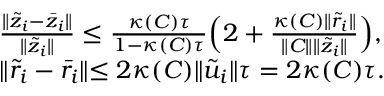
\begin{array} { r l } & { \frac { \lVert \tilde { z } _ { i } - \bar { z } _ { i } \lVert } { \lVert \tilde { z } _ { i } \lVert } \leq \frac { \kappa ( C ) \tau } { 1 - \kappa ( C ) \tau } \Big ( 2 + \frac { \kappa ( C ) \lVert \tilde { r } _ { i } \lVert } { \lVert C \lVert \lVert \tilde { z } _ { i } \lVert } \Big ) , } \\ & { \lVert \tilde { r } _ { i } - \bar { r } _ { i } \lVert \leq 2 \kappa ( C ) \lVert \tilde { u } _ { i } \lVert \tau = 2 \kappa ( C ) \tau . } \end{array}